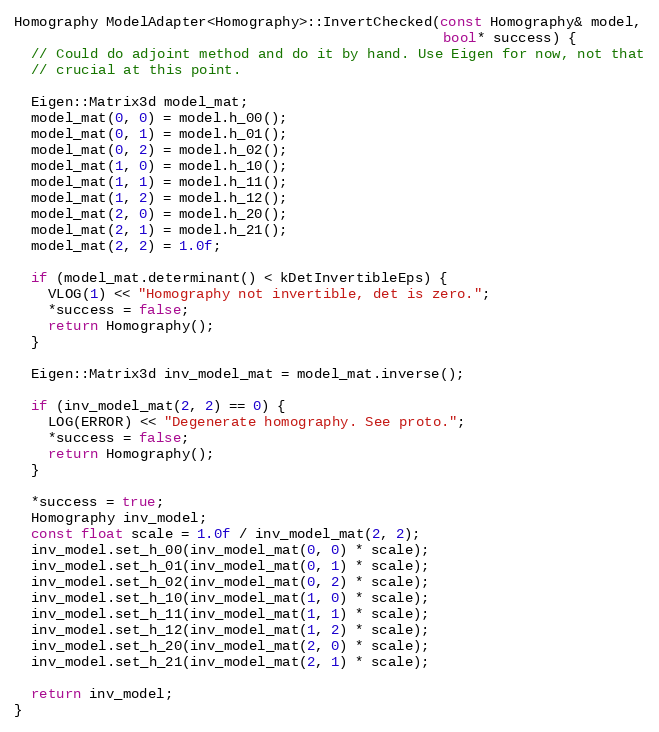
Language: C++
Homography ModelAdapter<Homography>::InvertChecked(const Homography& model,
                                                   bool* success) {
  // Could do adjoint method and do it by hand. Use Eigen for now, not that
  // crucial at this point.

  Eigen::Matrix3d model_mat;
  model_mat(0, 0) = model.h_00();
  model_mat(0, 1) = model.h_01();
  model_mat(0, 2) = model.h_02();
  model_mat(1, 0) = model.h_10();
  model_mat(1, 1) = model.h_11();
  model_mat(1, 2) = model.h_12();
  model_mat(2, 0) = model.h_20();
  model_mat(2, 1) = model.h_21();
  model_mat(2, 2) = 1.0f;

  if (model_mat.determinant() < kDetInvertibleEps) {
    VLOG(1) << "Homography not invertible, det is zero.";
    *success = false;
    return Homography();
  }

  Eigen::Matrix3d inv_model_mat = model_mat.inverse();

  if (inv_model_mat(2, 2) == 0) {
    LOG(ERROR) << "Degenerate homography. See proto.";
    *success = false;
    return Homography();
  }

  *success = true;
  Homography inv_model;
  const float scale = 1.0f / inv_model_mat(2, 2);
  inv_model.set_h_00(inv_model_mat(0, 0) * scale);
  inv_model.set_h_01(inv_model_mat(0, 1) * scale);
  inv_model.set_h_02(inv_model_mat(0, 2) * scale);
  inv_model.set_h_10(inv_model_mat(1, 0) * scale);
  inv_model.set_h_11(inv_model_mat(1, 1) * scale);
  inv_model.set_h_12(inv_model_mat(1, 2) * scale);
  inv_model.set_h_20(inv_model_mat(2, 0) * scale);
  inv_model.set_h_21(inv_model_mat(2, 1) * scale);

  return inv_model;
}